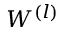
W ^ { ( l ) }